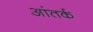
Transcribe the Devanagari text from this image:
आंतर्क